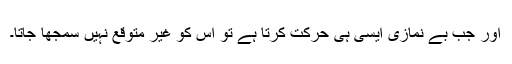
اور جب بے نمازی ایسی ہی حرکت کرتا ہے تو اس کو غیر متوقع نہیں سمجھا جاتا۔